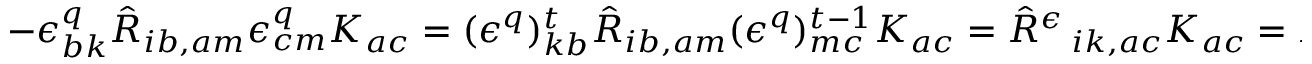
- \epsilon _ { b k } ^ { q } \hat { R } _ { i b , a m } \epsilon _ { c m } ^ { q } K _ { a c } = ( \epsilon ^ { q } ) _ { k b } ^ { t } \hat { R } _ { i b , a m } ( \epsilon ^ { q } ) _ { m c } ^ { t - 1 } K _ { a c } = \hat { R } ^ { \epsilon } \, _ { i k , a c } K _ { a c } = K _ { i k } ^ { \epsilon }